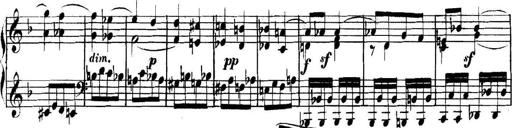
Title: Collected Piano Sonatas
Composer: Muzio Clementi